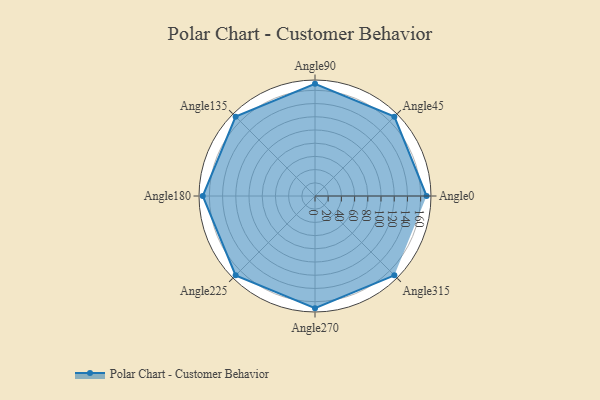
{"axis": {"x": "Angle", "y": "Radius"}, "legend": [""], "data": [{"x": "Angle0", "y": 169.0, "type": ""}, {"x": "Angle45", "y": 170, "type": ""}, {"x": "Angle90", "y": 170, "type": ""}, {"x": "Angle135", "y": 170, "type": ""}, {"x": "Angle180", "y": 170, "type": ""}, {"x": "Angle225", "y": 170, "type": ""}, {"x": "Angle270", "y": 170, "type": ""}, {"x": "Angle315", "y": 170, "type": ""}]}